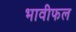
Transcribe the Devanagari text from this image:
भावीफल